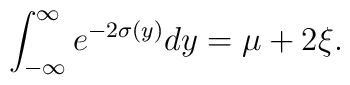
\int^\infty_{-\infty} e^{-2\sigma(y)}dy = \mu + 2\xi.